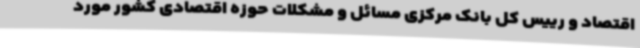
اقتصاد و رییس کل بانک مرکزی مسائل و مشکلات حوزه اقتصادی کشور مورد